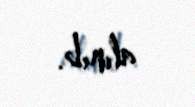
alınıb.